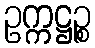
ဥက္ကဋ္ဌဉ္စ